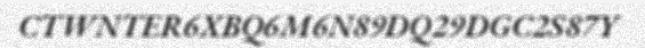
CTWNTER6XBQ6M6N89DQ29DGC2S87Y